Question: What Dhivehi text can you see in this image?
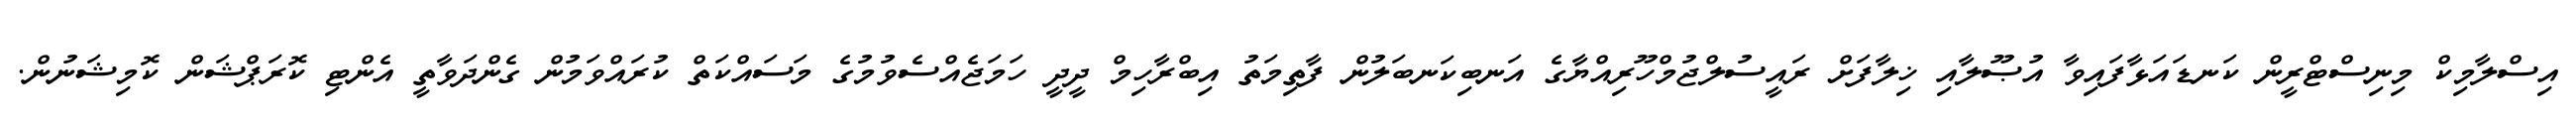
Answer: އިސްލާމިކް މިނިސްޓްރީން ކަނޑައަޅާފައިވާ އުޞޫލާއި ޚިލާފަށް ރައީސުލްޖުމްހޫރިއްޔާގެ އަނބިކަނބަލުން ފާތިމަތު އިބްރާހިމް ދީދީ ހަމަޖެއްސެވުމުގެ މަސައްކަތް ކުރައްވަމުން ގެންދަވާތީ އެންޓި ކޮރަޕްޝަން ކޮމިޝަނުން.